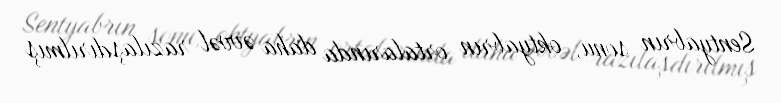
Sentyabrın sonu, oktyabrın ortalarında daha əvvəl razılaşdırılmış